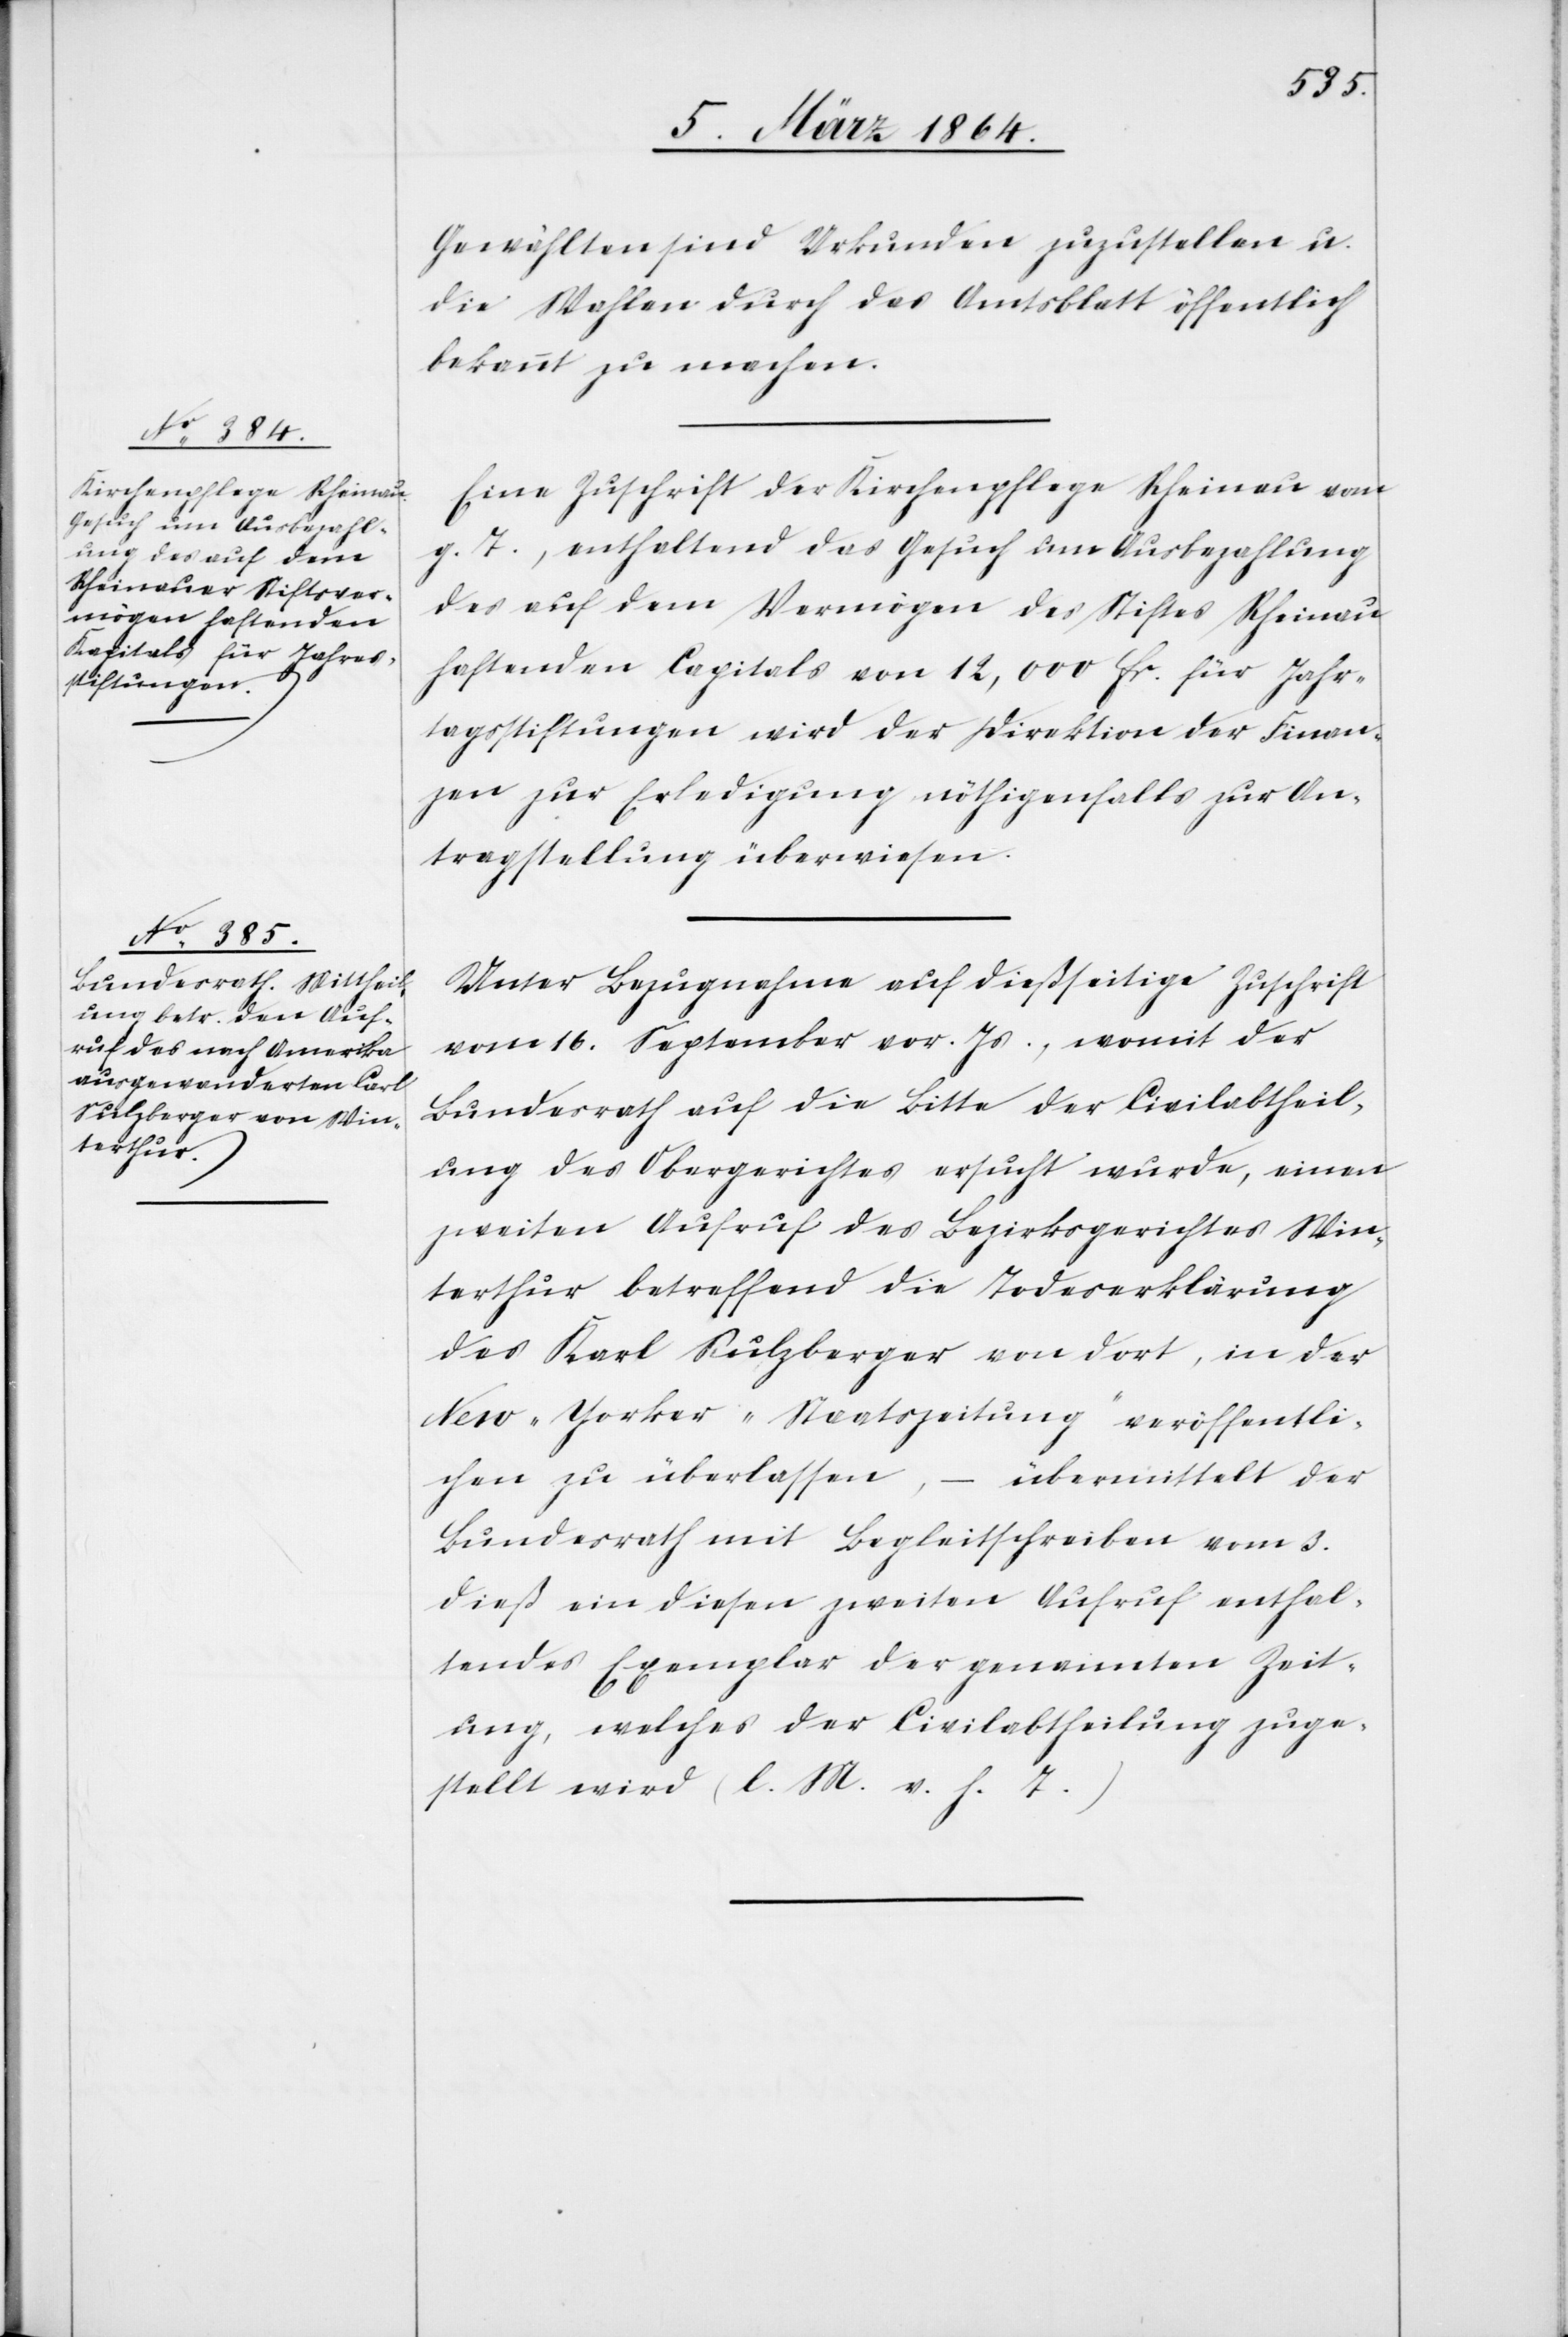
Gewählten sind Urkunden zuzustellen u.
die Wahlen durch das Amtsblatt öffentlich
bekannt zu machen.
Eine Zuschrift der Kirchenpflege Rheinau vom
g. T., enthaltend das Gesuch um Ausbezahlung
des auf dem Vermögen des Stiftes Rheinau
haftenden Capitals von 12,000 fr. für Jahr¬
tagsstiftungen wird der Direktion der Finan¬
zen zur Erledigung nöthigenfalls zur An¬
tragstellung überwiesen.
Unter Bezugnahme auf dießseitige Zuschrift
vom 16. September vor. Js., womit der
Bundesrath auf die Bitte der Civilabtheil¬
ung des Obergerichtes ersucht wurde, einen
zweiten Aufruf des Bezirksgerichtes Win¬
terthur betreffend die Todeserklärung
des Karl Sulzberger von dort, in der
New-Yorker „Staatszeitung“ veröffentli¬
chen zu überlassen, – übermittelt der
Bundesrath mit Begleitschreiben vom 3.
dieß ein diesen zweiten Aufruf enthal¬
tendes Exemplar der genannten Zeit¬
ung, welches der Civilabtheilung zuge¬
stellt wird (l. M. v. h. T.)[.]